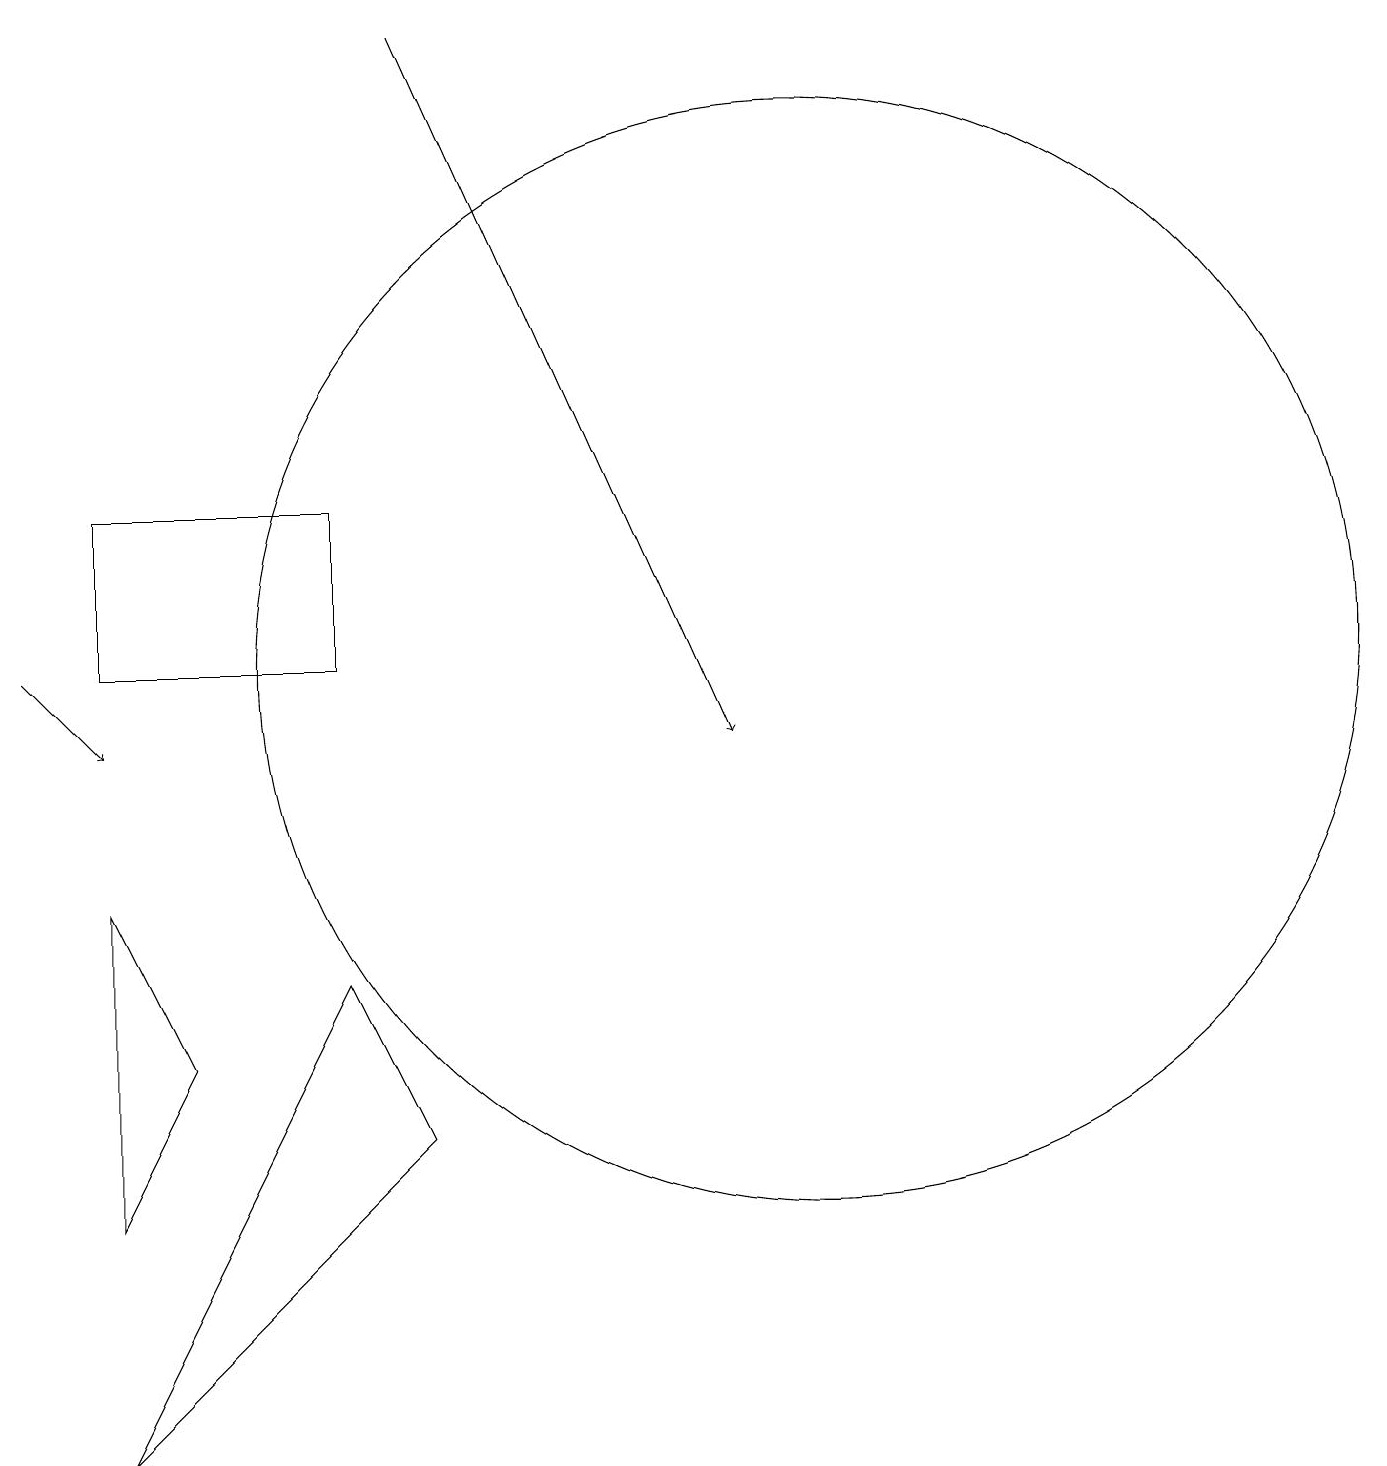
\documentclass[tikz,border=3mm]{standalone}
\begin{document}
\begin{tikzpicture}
\draw (10,11) circle (7);
\draw[->] (0,11) -- (1,10);
\draw (1,8) -- (2,6) -- (1,4) -- cycle;
\draw[->] (5,19) -- (9,10);
\draw (4,7) -- (1,1) -- (5,5) -- cycle;
\draw (1,11) rectangle (4,13);
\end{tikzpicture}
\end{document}